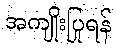
အကျိုးပြုရန်